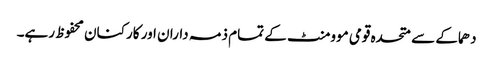
دھماکے سے متحدہ قومی موومنٹ کے تمام ذمہ داران اور کارکنان محفوظ رہے۔